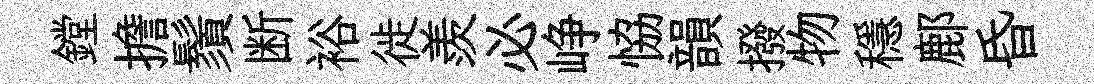
鏜擔鬚断裕徙羨必峥恊韻撥物穩鄜昏